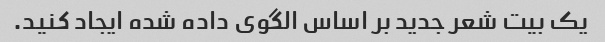
یک بیت شعر جدید بر اساس الگوی داده شده ایجاد کنید.